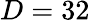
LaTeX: D=32